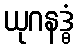
ယုဂနဒ္ဓံ